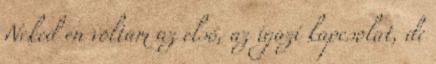
Neked én voltam az első, az igazi kapcsolat, de